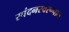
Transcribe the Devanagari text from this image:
स्पंदनस्वरूपात